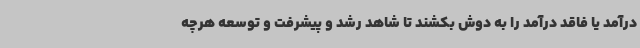
درآمد یا فاقد درآمد را به دوش بکشند تا شاهد رشد و پیشرفت و توسعه هرچه